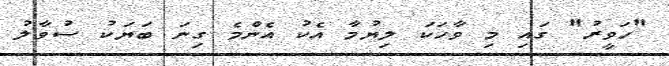
"ހަވީރު" ގައި މި ވާހަކަ ލިޔުމާ އެކު އެންމެ ގިނަ ބަޔަކު ސުވާލު